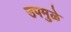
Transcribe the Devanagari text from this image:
उपमुळे